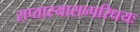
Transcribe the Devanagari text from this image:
सप्तास्यासन्परिधयः